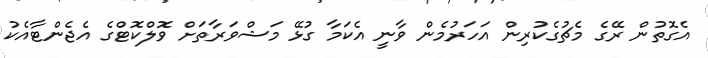
އެގޮތުން ރޭގެ މެޗުގެކުރިން އަހަރުމެން ވާނީ އެކަމާ ގުޅޭ މަޝްވަރާތަށް ވޮލްކޮޓްގެ އެޖެންޓާއެކު